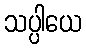
သပ္ပါယေ